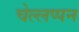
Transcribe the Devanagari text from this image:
चेल्लप्पन